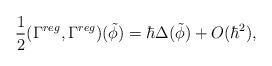
LaTeX: \begin{align*}\frac12 (\Gamma^{reg},\Gamma^{reg})(\tilde \phi)=\hbar \Delta(\tilde \phi) + O(\hbar^2),\end{align*}